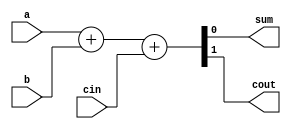
module full_adder_behav (
  a,
  b,
  cin,
  sum,
  cout
);

  input   a;
  input   b;
  input   cin;
  output  sum;
  output  cout;

  wire    sum;
  wire    cout;

  assign { cout, sum } = a + b + cin;

endmodule